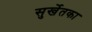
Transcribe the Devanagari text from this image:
सुर्खेतका